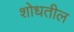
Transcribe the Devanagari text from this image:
शोधतील